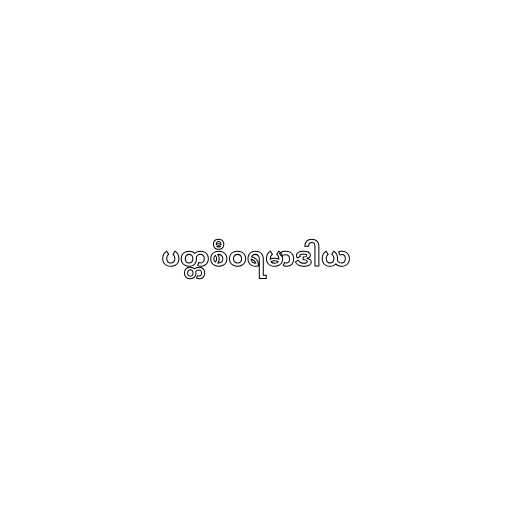
ပတ္တစီဝရမာဒါယ